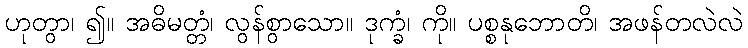
ဟုတွာ၊ ၍။ အဓိမတ္တံ၊ လွန်စွာသော။ ဒုက္ခံ၊ ကို။ ပစ္စနုဘောတိ၊ အဖန်တလဲလဲ